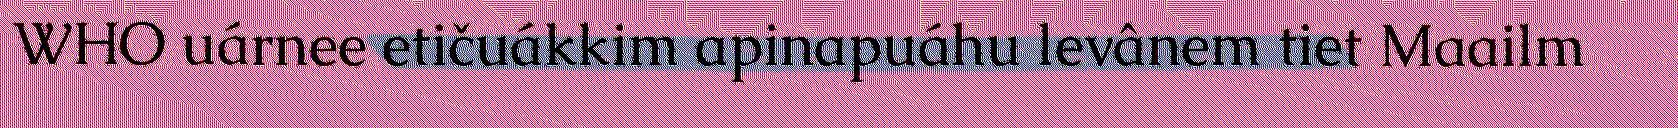
WHO uárnee etičuákkim apinapuáhu levânem tiet Maailm